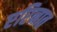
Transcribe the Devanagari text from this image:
एरिनात